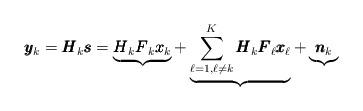
LaTeX: \begin{align*}\pmb{y}_k = \pmb{H}_k\pmb{s} = \underbrace{\pmb{H}_k\pmb{F}_k\pmb{x}_k}_{} + \underbrace{\sum\limits_{\ell = 1,\ell \ne k}^K \pmb{H}_k\pmb{F}_\ell\pmb{x}_\ell}_{} + \underbrace{\pmb{n}_k}_{}\end{align*}